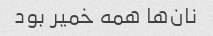
نان‌ها همه خمیر بود